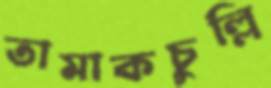
তামাকচুল্লি